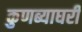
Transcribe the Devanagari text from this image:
कुणब्याघरी